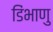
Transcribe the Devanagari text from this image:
डिंभाणु